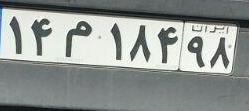
۱۴م۱۸۴۹۸